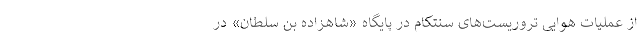
از عملیات هوایی تروریست‌های سنتکام در پایگاه «شاهزاده بن سلطان» در